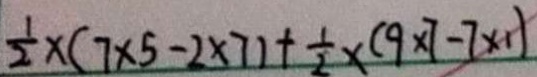
\frac { 1 } { 2 } \times ( 7 \times 5 - 2 \times 7 ) + \frac { 1 } { 2 } \times ( 9 \times 7 - 7 \times 1 )